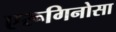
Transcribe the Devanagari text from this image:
एरूगिनोसा